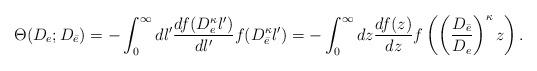
LaTeX: \begin{align*}\Theta(D_e;D_{\bar e})= -\int_0^{\infty} dl' \frac{df(D_e^{\kappa}l')}{dl'} f(D_{\bar e}^{\kappa}l') =-\int_0^{\infty} dz \frac{df(z)}{dz} f\left(\left(\frac{D_{\bar e}}{D_e}\right)^{\kappa}z\right).\end{align*}